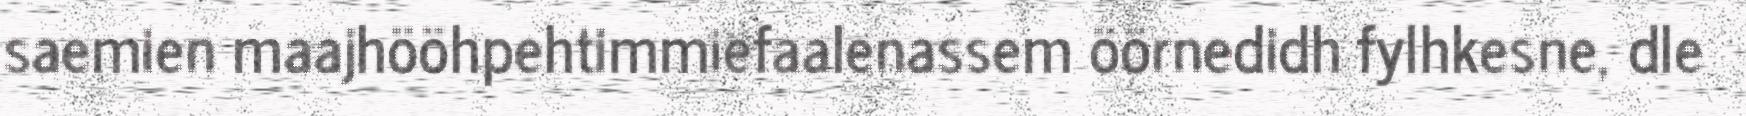
saemien maajhööhpehtimmiefaalenassem öörnedidh fylhkesne, dle